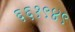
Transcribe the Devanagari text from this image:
६६१९४९